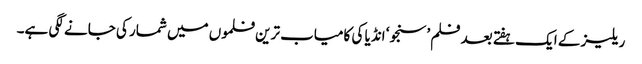
ریلیز کے ایک ہفتے بعد فلم ’سنجو‘ انڈیا کی کامیاب ترین فلموں میں شمار کی جانے لگی ہے۔